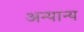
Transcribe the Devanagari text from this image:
अन्‍यान्‍य